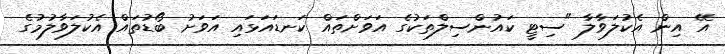
އޭ އިން އެކުލަވާލާ "ސިޓީ ކައުންސިލްތަކުގެ އަވަށްތައް ކަނޑައަޅައި އަވަށު ބޯޑުތައް އެކުލަވާލުމުގެ